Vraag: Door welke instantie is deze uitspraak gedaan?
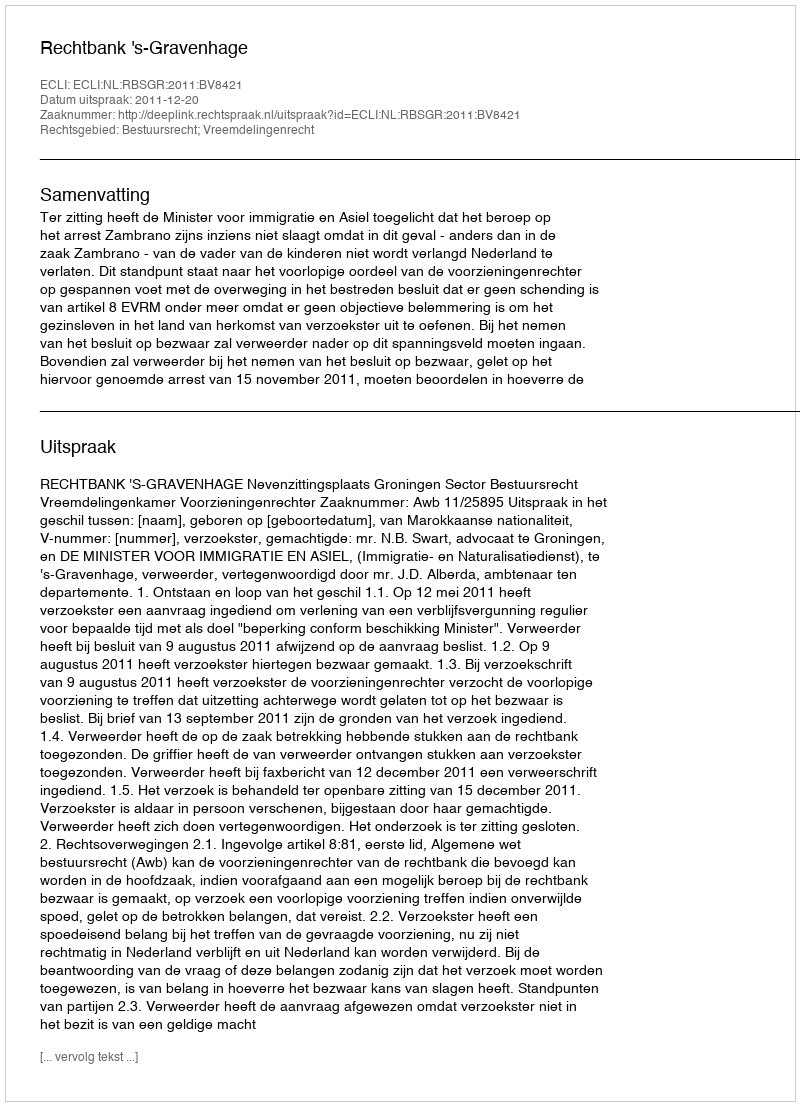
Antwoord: Rechtbank 's-Gravenhage